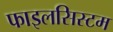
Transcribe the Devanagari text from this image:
फाइलसिस्टम